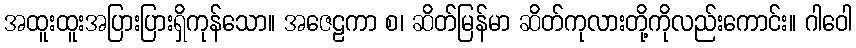
အထူးထူးအပြားပြားရှိကုန်သော။ အဇေဠကာ စ၊ ဆိတ်မြန်မာ ဆိတ်ကုလားတို့ကိုလည်းကောင်း။ ဂါဝေါ